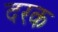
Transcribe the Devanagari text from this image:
दरक